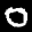
Label: 0